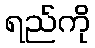
ရည်ကို